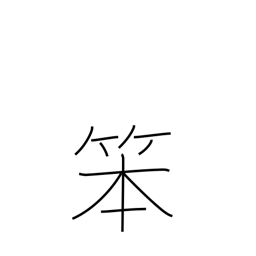
Meaning: coarse